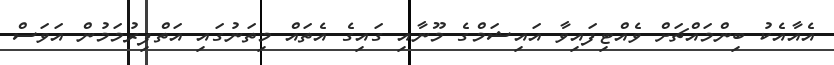
އެއާއެކު ބިންމައްޗަށް ވެއްޓިފައިވާ އައިޝަމްގެ މޫނާއި ގައިގެ އެތައް މިތަނުގައި އަތްފިރުމަމުން އަވަސް